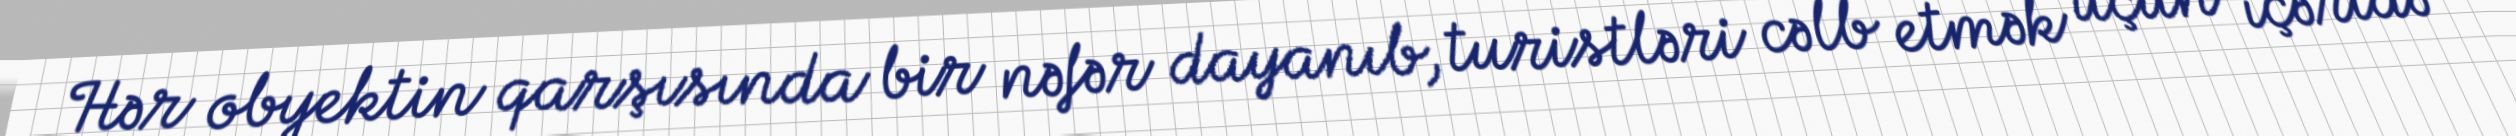
Hər obyektin qarşısında bir nəfər dayanıb, turistləri cəlb etmək üçün içəridə